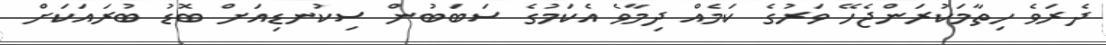
ދެރަވެ ހިތާމަކުރަންޖެހޭ ވަރުގެ ކަމެއް ދިމާވެ އެކަމުގެ ސަބަބުން ސިކުނޑިއަށް ބޮޑު ބުރައަކަށް